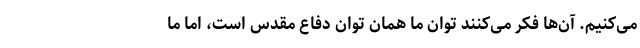
می‌کنیم. آن‌ها فکر می‌کنند توان ما همان توان دفاع مقدس است، اما ما